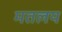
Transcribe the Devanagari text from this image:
मतलय